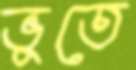
ভূতে